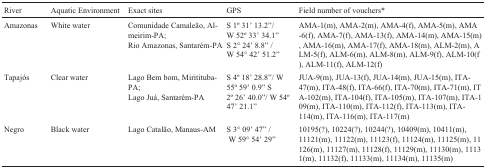
| River | Aquatic Environment | Exact sites | GPS | Field number of vouchers* |
 | --- | --- | --- | --- | --- |
 | Amazonas | White water | Comunidade Camaleão, Almeirim-PA; Rio Amazonas, Santarém-PA | S 1° 31' 13.2′′/ W 52° 33' 34.1′′ S 2° 24' 8.8′′/ W 54° 42' 51.2′′ | AMA-1(m), AMA-2(m), AMA-4(f), AMA-5(m), AMA −6(f), AMA-7(f), AMA-13(f), AMA-14(m), AMA-15(m), AMA-16(m), AMA-17(f), AMA-18(m), ALM-2(m), A LM-5(f), ALM-6(m), ALM-8(m), ALM-9(f), ALM-10(f), ALM-11(f), ALM-12(f) |
 | Tapajós | Clear water | Lago Bem bom, Miritituba-PA; Lago Juá, Santarém-PA | S 4° 18' 28.8′′/W 55° 59' 0.9′′ S 2° 26' 40.0′′/W 54° 47' 21.1′′ | JUA-9(m), JUA-13(f), JUA-14(m), JUA-15(m), ITA-47(m), ITA-48(f), ITA-66(f), ITA-70(m), ITA-71(m), IT A-102(m), ITA-104(f), ITA-105(m), ITA-107(m), ITA-1 09(m), ITA-110(m), ITA-112(f), ITA-113(m), ITA-114(m), ITA-116(m), ITA-117(m) |
 | Negro | Black water | Lago Catalão, Manaus-AM | S 3° 09' 47′′ / W 59° 54' 29′′ | 10195(?), 10224(?), 10244(?), 10409(m), 10411(m), 11121(m), 11122(m), 11123(f), 11124(m), 11125(m), 11 126(m), 11127(m), 11128(f), 11129(m), 11130(m), 1113 1(m), 11132(f), 11133(m), 11134(m), 11135(m) |